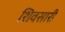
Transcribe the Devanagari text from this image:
शिवसारी